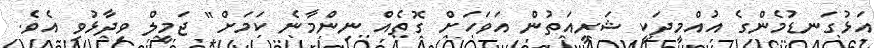
އަޅުގަނޑުމެންގެ އުއްމީދަކީ ޝަރީއަތުން އަވަހަށް ގޮތެއް ނިންމާނެ ކަމަށް" ޖަމީލް ވިދާޅުވި އެވެ.